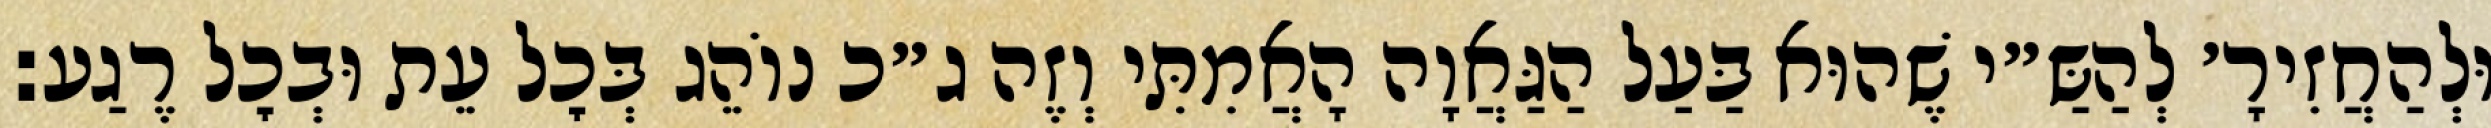
וּלְהַחֲזִירָ׳ לְהַשַּ״י שֶׁהוּא בַּעַל הַגַּאֲוָה הָאֲמִתִּי וְזֶה ג״כ נוֹהֵג בְּכׇל עֵת וּבְכׇל רֶגַע: